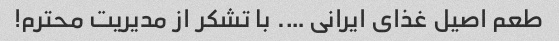
طعم اصیل غذای ایرانی …. با تشکر از مدیریت محترم!